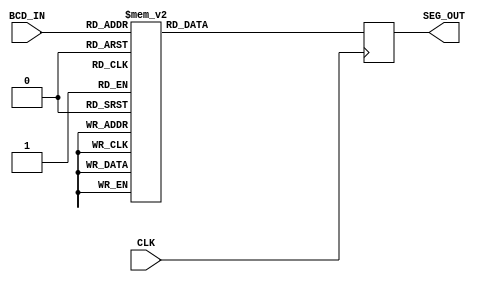
module BCD_Segment_Decoder
#(
	parameter BCD_DIGITS = 1
)
(
	input      [BCD_DIGITS*4-1:0] BCD_IN,
	output reg [BCD_DIGITS*7-1:0] SEG_OUT,
	input CLK
);
	initial
	begin
		SEG_OUT <= {BCD_DIGITS*7{1'b0}};
	end
	genvar i;
	generate 
	begin
		for (i=0; i < BCD_DIGITS; i=i+1)
		begin : bcd_to_seg_mapping
			always @(posedge CLK)
			begin
				case (BCD_IN[i*4 +: 4])
					0: SEG_OUT[i*7 +: 7] <= 7'b0111111;
					1: SEG_OUT[i*7 +: 7] <= 7'b0000110;
					2: SEG_OUT[i*7 +: 7] <= 7'b1011011;
					3: SEG_OUT[i*7 +: 7] <= 7'b1001111;
					4: SEG_OUT[i*7 +: 7] <= 7'b1100110;
					5: SEG_OUT[i*7 +: 7] <= 7'b1101101;
					6: SEG_OUT[i*7 +: 7] <= 7'b1111101;
					7: SEG_OUT[i*7 +: 7] <= 7'b0000111;
					8: SEG_OUT[i*7 +: 7] <= 7'b1111111;
					9: SEG_OUT[i*7 +: 7] <= 7'b1100111;
				default: SEG_OUT[i*7 +: 7] <= 7'b0000000;
				endcase
			end
		end
	end
	endgenerate
endmodule